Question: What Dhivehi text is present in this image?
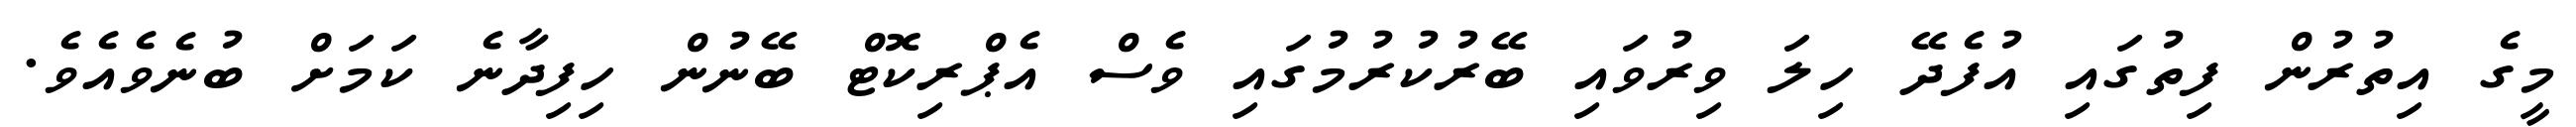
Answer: މީގެ އިތުރުން ފިތުގައި އުފެދޭ ހިލަ ވިރުވައި ބޭރުކުރުމުގައި ވެސް އެޕްރިކޮޓް ބޭނުން ހިފިދާނެ ކަމަށް ބުނެވެއެވެ.